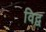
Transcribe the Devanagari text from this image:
विद्व